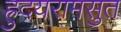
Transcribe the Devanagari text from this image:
ह्रुदयरामसुत